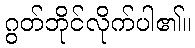
ဂွတ်ဘိုင်လိုက်ပါ၏။